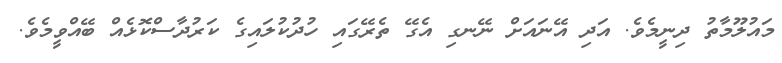
މައުލޫމާތު ދިނީމެވެ. އަދި އޭނައަށް ނޭނގި އެގޭ ތެރޭގައި ހުދުކުލައިގެ ކަރުދާސްކޮޅެއް ބޭއްވީމެވެ.